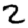
Digit: 2